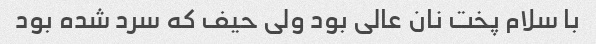
با سلام پخت نان عالی بود ولی حیف که سرد شده بود